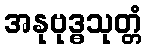
အနုဗုဒ္ဓသုတ္တံ